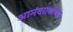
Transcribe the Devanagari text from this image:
आनंदरावांच्या